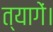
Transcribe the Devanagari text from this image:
त्यागें।